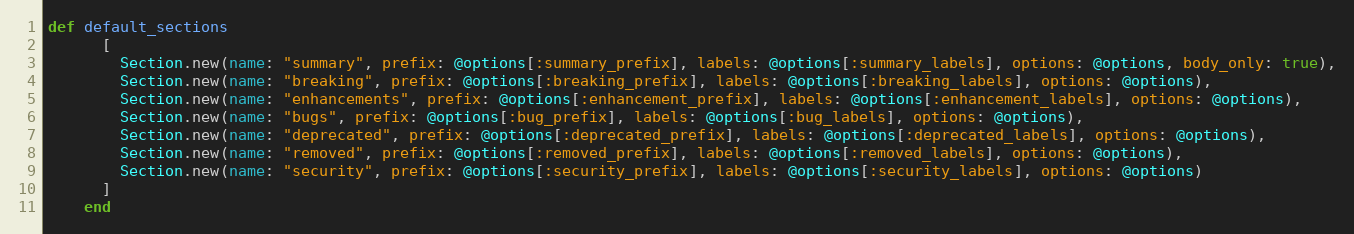
Language: Ruby
def default_sections
      [
        Section.new(name: "summary", prefix: @options[:summary_prefix], labels: @options[:summary_labels], options: @options, body_only: true),
        Section.new(name: "breaking", prefix: @options[:breaking_prefix], labels: @options[:breaking_labels], options: @options),
        Section.new(name: "enhancements", prefix: @options[:enhancement_prefix], labels: @options[:enhancement_labels], options: @options),
        Section.new(name: "bugs", prefix: @options[:bug_prefix], labels: @options[:bug_labels], options: @options),
        Section.new(name: "deprecated", prefix: @options[:deprecated_prefix], labels: @options[:deprecated_labels], options: @options),
        Section.new(name: "removed", prefix: @options[:removed_prefix], labels: @options[:removed_labels], options: @options),
        Section.new(name: "security", prefix: @options[:security_prefix], labels: @options[:security_labels], options: @options)
      ]
    end